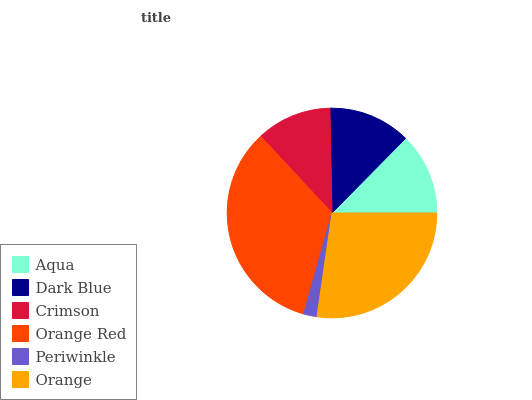
| Aqua | Dark Blue | Crimson | Orange Red | Periwinkle | Orange |
 | --- | --- | --- | --- | --- | --- |
 | 12.6% | 12.7% | 11.6% | 33.8% | 2.07% | 27.2% |